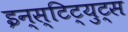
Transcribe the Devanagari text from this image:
इन्स्टिट्युट्स